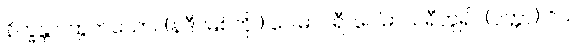
နိက္ခန္တာ၊ ထွက်သော။ (နဒီ၊ မြစ်ကို။) ဂေါဓာဝရီ၊ ဂေါဓာသရီဟူ၍။ (ဝုတ္တာ) ဝိယ